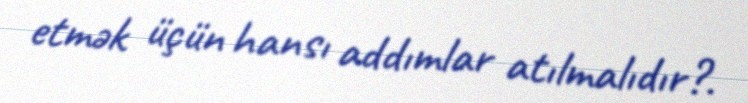
etmək üçün hansı addımlar atılmalıdır?.